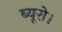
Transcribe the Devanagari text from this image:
ब्यूरो।